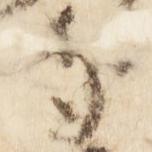
寺